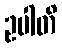
ဥပါတိ